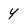
Character: y